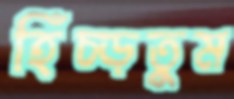
হিঁচ্‌ড়তুম